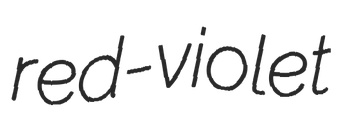
red-violet